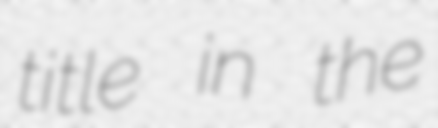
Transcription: title in the